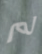
لم